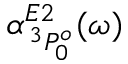
\alpha _ { \, ^ { 3 } P _ { 0 } ^ { o } } ^ { E 2 } ( \omega )